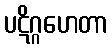
ပဋိဂ္ဂဟေတာ